Annual administration and progress report of the Indian Medical Department, Bombay
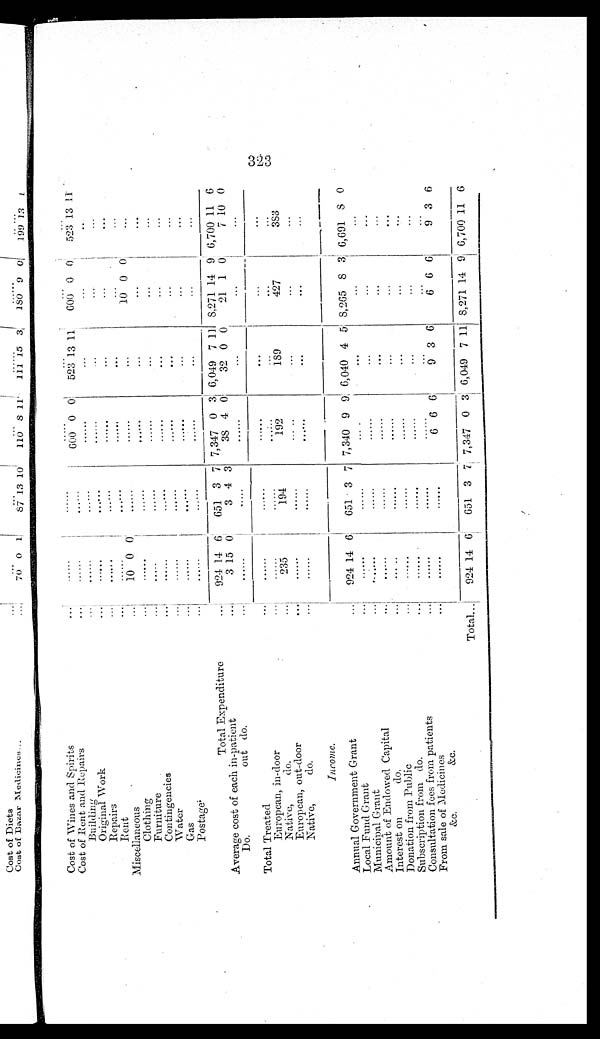
Cost of Wines and Spirits . . .
. . .
. . .
. . .
. . .
. . .
. . .
Cost of Rent and Repairs . . .
. . .
. . .
600 0 0
523 13 11
600 0 0
523 13 11
B u i l d i n g . . .
. . .
. . .
. . .
. . .
. . .
. . .
Original Work . . .
. . .
. . .
. . .
. . .
. . .
. . .
R e p a i r . . .
. . .
. . .
. . .
. . .
. . .
. . .
R e n t . . .
. . .
. . .
. . .
. . .
. . .
. . .
Miscellaneous . . .
10 0 0
. . .
. . .
. . .
10 0 0
. . .
Clothing . . .
. . .
. . .
. . .
. . .
. . .
. . .
Furniture . . .
. . .
. . .
. . .
. . .
. . .
. . .
Contingencies . . .
. . .
. . .
. . .
. . .
. . .
. . .
Water . . .
. . .
. . .
. . .
. . .
. . . . . .
Gas . . .
. . .
. . .
. . .
. . .
. . .
. . .
Postage . . .
. . .
. . .
. . .
. . .
. . .
. . .
Total Expenditure . . .
924 14 6
651
3 7 7,347 0 3 6,049 7
1 1 8,271 14 9 6,700 11
6
Average cost of each in-patient . . .
3 15 0
3 4 3
38 4 0
32 0 0
21
1 0
7 10 0
Do . o u t d o . . . .
. . .
. . .
. . .
. . .
. . .
. . .
Total Treated . . .
. . .
. . .
. . .
. . .
. . .
. . .
European, in-door . . .
. . .
. . .
. . .
. . .
. . .
. . .
Native, do. . . .
235
194
192
189
427
383
European, out-door . . .
. . .
. . .
. . .
. . .
. . .
. . .
Native, do. . . .
. . .
. . .
. . .
. . .
. . .
. . .
Income .
Annual Government Grant . . .
924 14
6
651 3 7 7,340 9 9 6,040 4 5 8,265 8 3 6,691
8
0
Local Fund Grant . . .
. . .
. . .
. . .
. . .
. . .
. . .
M u n i c i p a l G r a n t . . .
. . .
. . .
. . .
. . .
. . .
. . .
Amount of Endowed Capital . . .
. . .
. . .
. . .
. . .
. . .
. . .
Interest on do. . . .
. . .
. . .
. . .
. . .
. . .
. . .
Donation from Public . . .
. . .
. . .
. . .
. . .
. . .
. .
Subscription from do. . . .
. . .
. . .
. . .
. . .
. . .
. . .
Consultation fees from patients . . .
. . .
. . .
. . .
. . .
. . .
. . .
From sale of Medicines
&c. &c. . . .
. . .
. . .
6 6 6
9 3 6
6 6 6
9 3 6
Tota1 . . .
924 14 6
651
3 7 7,347 0 3 6,049 7 11 8,271 14 9 6,700 11
6
323